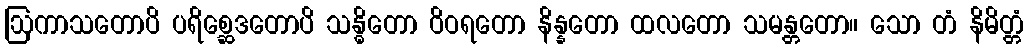
ဩကာသတောပိ ပရိစ္ဆေဒတောပိ သန္ဓိတော ဝိဝရတော နိန္နတော ထလတော သမန္တတော။ သော တံ နိမိတ္တံ